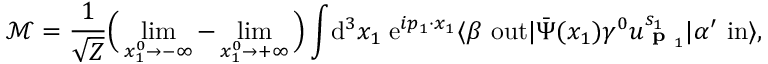
{ \mathcal { M } } = { \frac { 1 } { \sqrt { Z } } } { \Big ( } \operatorname* { l i m } _ { x _ { 1 } ^ { 0 } \rightarrow - \infty } - \operatorname* { l i m } _ { x _ { 1 } ^ { 0 } \rightarrow + \infty } { \Big ) } \int \! \mathrm { d } ^ { 3 } x _ { 1 } \; \mathrm { e } ^ { i p _ { 1 } \cdot x _ { 1 } } \langle \beta \ \mathrm { o u t } | { \bar { \Psi } } ( x _ { 1 } ) \gamma ^ { 0 } u _ { { \textbf { p } } _ { 1 } } ^ { s _ { 1 } } | \alpha ^ { \prime } \ \mathrm { i n } \rangle ,